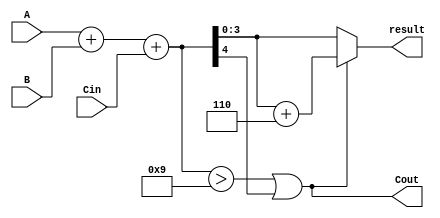
module BCD_Hybrid_Adder (
    input  [3:0] A,      // First BCD digit
    input  [3:0] B,      // Second BCD digit
    input        Cin,     // Carry-in
    output [3:0] result,  // BCD result
    output       Cout     // Carry-out
);

    wire [4:0] sum;       // 5-bit sum to accommodate carry
    wire correction;       // Correction needed signal

    // Binary addition of A, B and Cin
    assign sum = A + B + Cin;

    // Determine if correction is needed
    assign correction = (sum > 9) || sum[4]; // Check if sum exceeds 9 or if there's a carry out

    // BCD correction logic
    assign result = correction ? (sum + 5'd6) : sum[3:0];
    assign Cout = correction; // Carry-out if correction is needed

endmodule